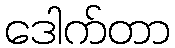
ဒေါက်တာ